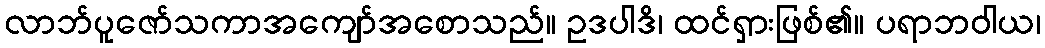
လာဘ်ပူဇော်သကာအကျော်အစောသည်။ ဥဒပါဒိ၊ ထင်ရှားဖြစ်၏။ ပရာဘဝါယ၊